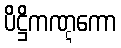
ပိဋ္ဌိကဏ္ဋကော